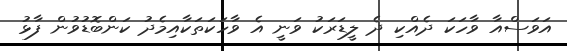
އަވަސްއާ ވާހަކަ ދެއްކި ދެ ލީޑަރަކު ވަނީ އެ ވާހަަކަތަކާއިމެދު ކަންބޮޑުވުން ފާޅު